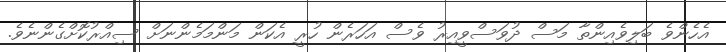
އެހެންވެ ބަލިވެއިންތާ މަސް ދުވަސްވީއިރު ވެސް އަހަރެން ހުރީ އެކަން މަންމަމެންނަށް ސިއްރުކޮށްގެންނެވެ.